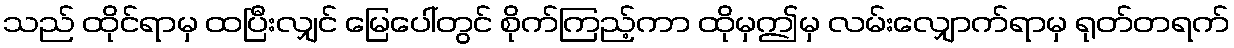
သည် ထိုင်ရာမှ ထပြီးလျှင် မြေပေါ်တွင် စိုက်ကြည့်ကာ ထိုမှဤမှ လမ်းလျှောက်ရာမှ ရုတ်တရက်